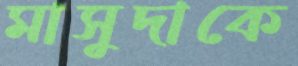
মাসুদাকে